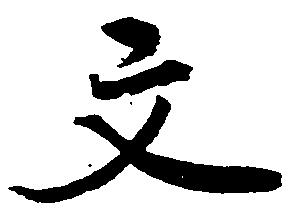
文